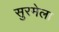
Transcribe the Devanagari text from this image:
सुरमेला